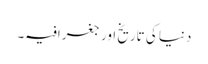
دنیا کی تاریخ اور جغرافیہ۔